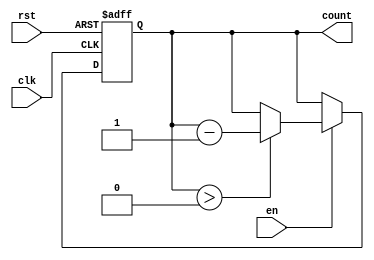
module down_counter #(
    parameter N = 3 // Number of bits for the counter (default is 3 bits)
) (
    input wire clk,      // Clock signal
    input wire rst,      // Asynchronous reset
    input wire en,       // Enable signal
    output reg [N-1:0] count // Current count value
);

// State Transition Logic
always @(posedge clk or posedge rst) begin
    if (rst) begin
        count <= N; // Reset to maximum value (N)
    end else if (en) begin
        if (count > 0) begin
            count <= count - 1; // Decrement count if enable is high
        end
        // If count is 0, it will remain 0 until reset or enable changes
    end
end

endmodule